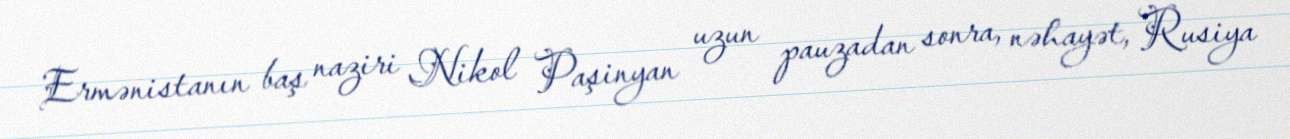
Ermənistanın baş naziri Nikol Paşinyan uzun pauzadan sonra, nəhayət, Rusiya